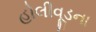
હોલીવૂડના